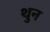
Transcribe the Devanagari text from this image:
थुन